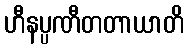
ဟီနပ္ပဏီတတာယာတိ